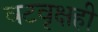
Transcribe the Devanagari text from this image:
वटवृक्षही